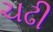
ચઢી